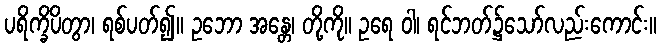
ပရိက္ခိပိတွာ၊ ရစ်ပတ်၍။ ဥဘော အန္တေ၊ တို့ကို။ ဥရေ ဝါ၊ ရင်ဘတ်၌သော်လည်းကောင်း။